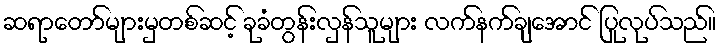
ဆရာတော်များမှတစ်ဆင့် ခုခံတွန်းလှန်သူများ လက်နက်ချအောင် ပြုလုပ်သည်။